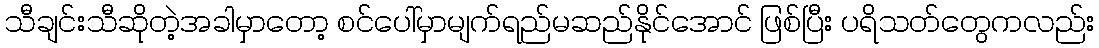
သီချင်းသီဆိုတဲ့အခါမှာတော့ စင်ပေါ်မှာမျက်ရည်မဆည်နိုင်အောင် ဖြစ်ပြီး ပရိသတ်တွေကလည်း